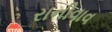
રાનીવાવ